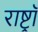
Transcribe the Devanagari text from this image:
राष्ट्रॉ